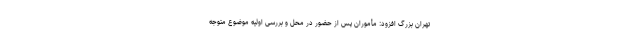
تهران بزرگ افزود: مأموران پس از حضور در محل و بررسی اولیه موضوع متوجه